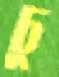
চু